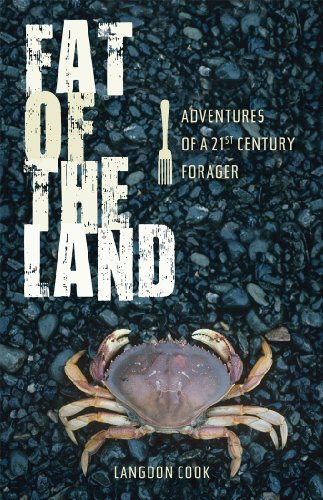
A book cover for Fat of the Land: Adventures of a 21st Century Forager; Langdon Cook; Cookbooks, Food & Wine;